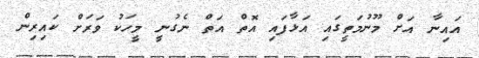
އައިނާ އަށް މޫނުމަތީގައި އަޅާފައި އޮތް އަތް ނެގުނީ މީހަކު ވަރަށް ކައިރިން